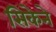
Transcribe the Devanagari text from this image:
सिकेने